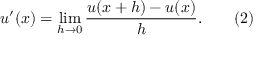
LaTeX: u ^ { \prime } ( x ) = \operatorname* { l i m } _ { h \rightarrow 0 } { \frac { u ( x + h ) - u ( x ) } { h } } . \qquad ( 2 )